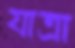
যাত্রা